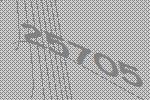
25705